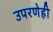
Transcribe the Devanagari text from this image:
उपरणेही